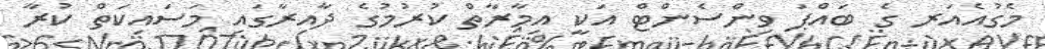
މެގުއެއަރ ގެ ބައްޕަ ވިންސެންޓް އަކީ އިމާރާތް ކުރުމުގެ ދާއިރާގައި މަސައިކަތް ކުރާ